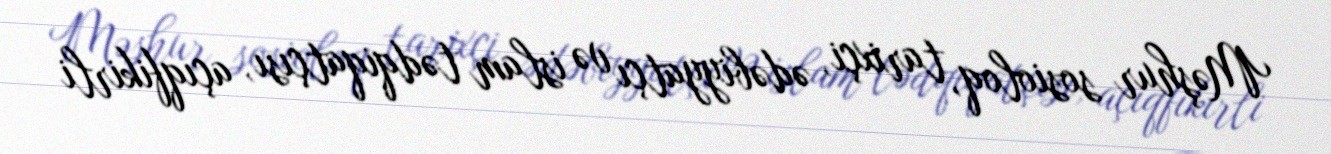
Məşhur sosioloq, tarixçi, ədəbiyyatçı və islam tədqiqatçısı, açıqfikirli